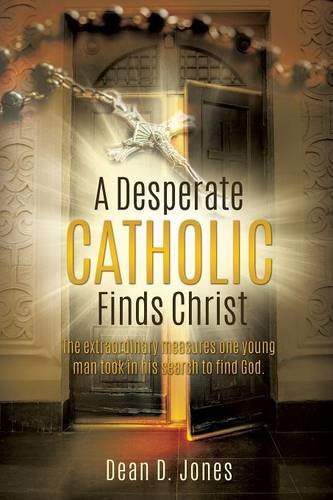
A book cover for A Desperate Catholic Finds Christ; Dean D. Jones; Christian Books & Bibles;